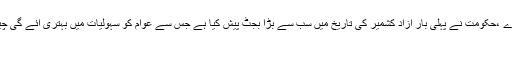
حکومت آزاد کشمیر تاریخ ساز بجٹ میں عام آدمی کی ریلیف کی تعین کرے ،حکومت نے پہلی بار آزاد کشمیر کی تاریخ میں سب سے بڑا بجٹ پیش کیا ہے جس سے عوام کو سہولیات میں بہتری آئے گی چیئرمین علماء مشائخ کونسل مولانا عبید اللہ فاروقی کی میڈیا سے بات چیت
مظفرآباد(اُردو پوائنٹ اخبارتازہ ترین۔